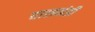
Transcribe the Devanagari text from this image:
दालमंडी